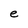
Character: e